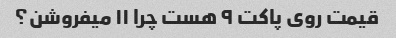
قیمت روی پاکت ۹ هست چرا ۱۱ میفروشن؟